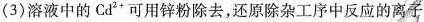
(3)溶液中的Ca^{2+}可用锌粉除去，还原除杂工序中反应的离子